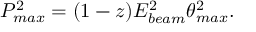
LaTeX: P _ { m a x } ^ { 2 } = ( 1 - z ) E _ { b e a m } ^ { 2 } \theta _ { m a x } ^ { 2 } .